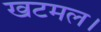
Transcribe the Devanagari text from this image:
खटमल।